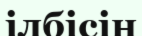
ілбісін